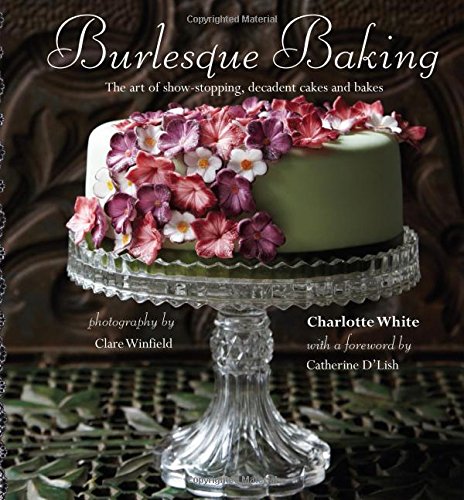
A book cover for Burlesque Baking; Charlotte White; Cookbooks, Food & Wine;